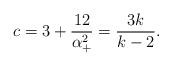
LaTeX: \begin{align*}c= 3 + \frac{12}{\alpha_+^2} = {\frac{3k}{k-2}}.\end{align*}